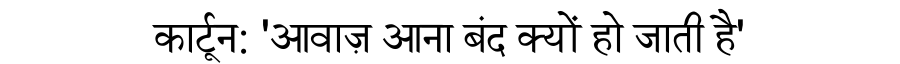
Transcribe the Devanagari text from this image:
कार्टून: 'आवाज़ आना बंद क्यों हो जाती है'